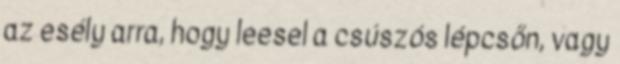
az esély arra, hogy leesel a csúszós lépcsőn, vagy